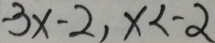
- 3 x - 2 , x < - 2